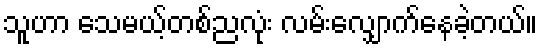
သူဟာ သေမယ့်တစ်ညလုံး လမ်းလျှောက်နေခဲ့တယ်။